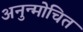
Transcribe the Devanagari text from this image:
अनुन्मोचित